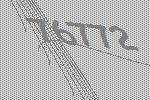
76772